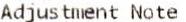
ADJUSTMENT NOTE